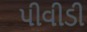
પીવીડી